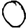
Digit: 0